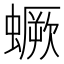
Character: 蟩